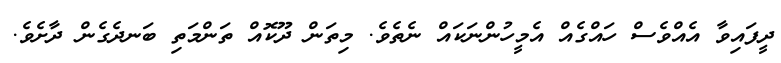
ދީފައިވާ އެއްވެސް ހައްގެއް އެމީހުންނަކައް ނެތެވެ. މިތަން ދޫކޮއް ތަންމަތި ބަނދެގެން ދާށެވެ.